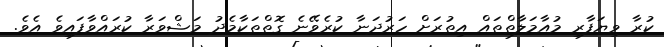
ކުރާ ވިޔަފާރި މުއާމަލާތްތައް އިތުރަށް ހަރުދަނާ ކުރެވޭނެ ގޮތްތަކާމެދު މަޝްވަރާ ކުރައްވާފައިވެ އެވެ.